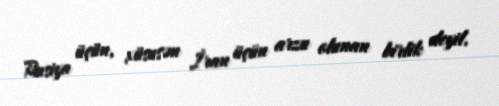
Rusiya üçün, xüsusən İran üçün arzu olunan birlik deyil.